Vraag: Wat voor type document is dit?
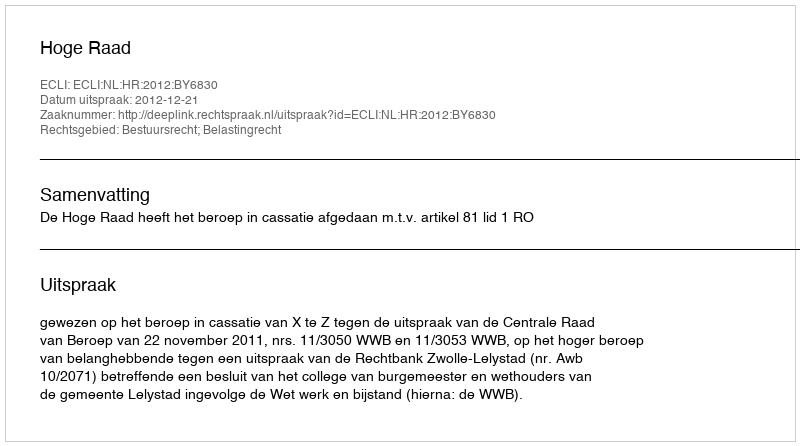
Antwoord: Uitspraak